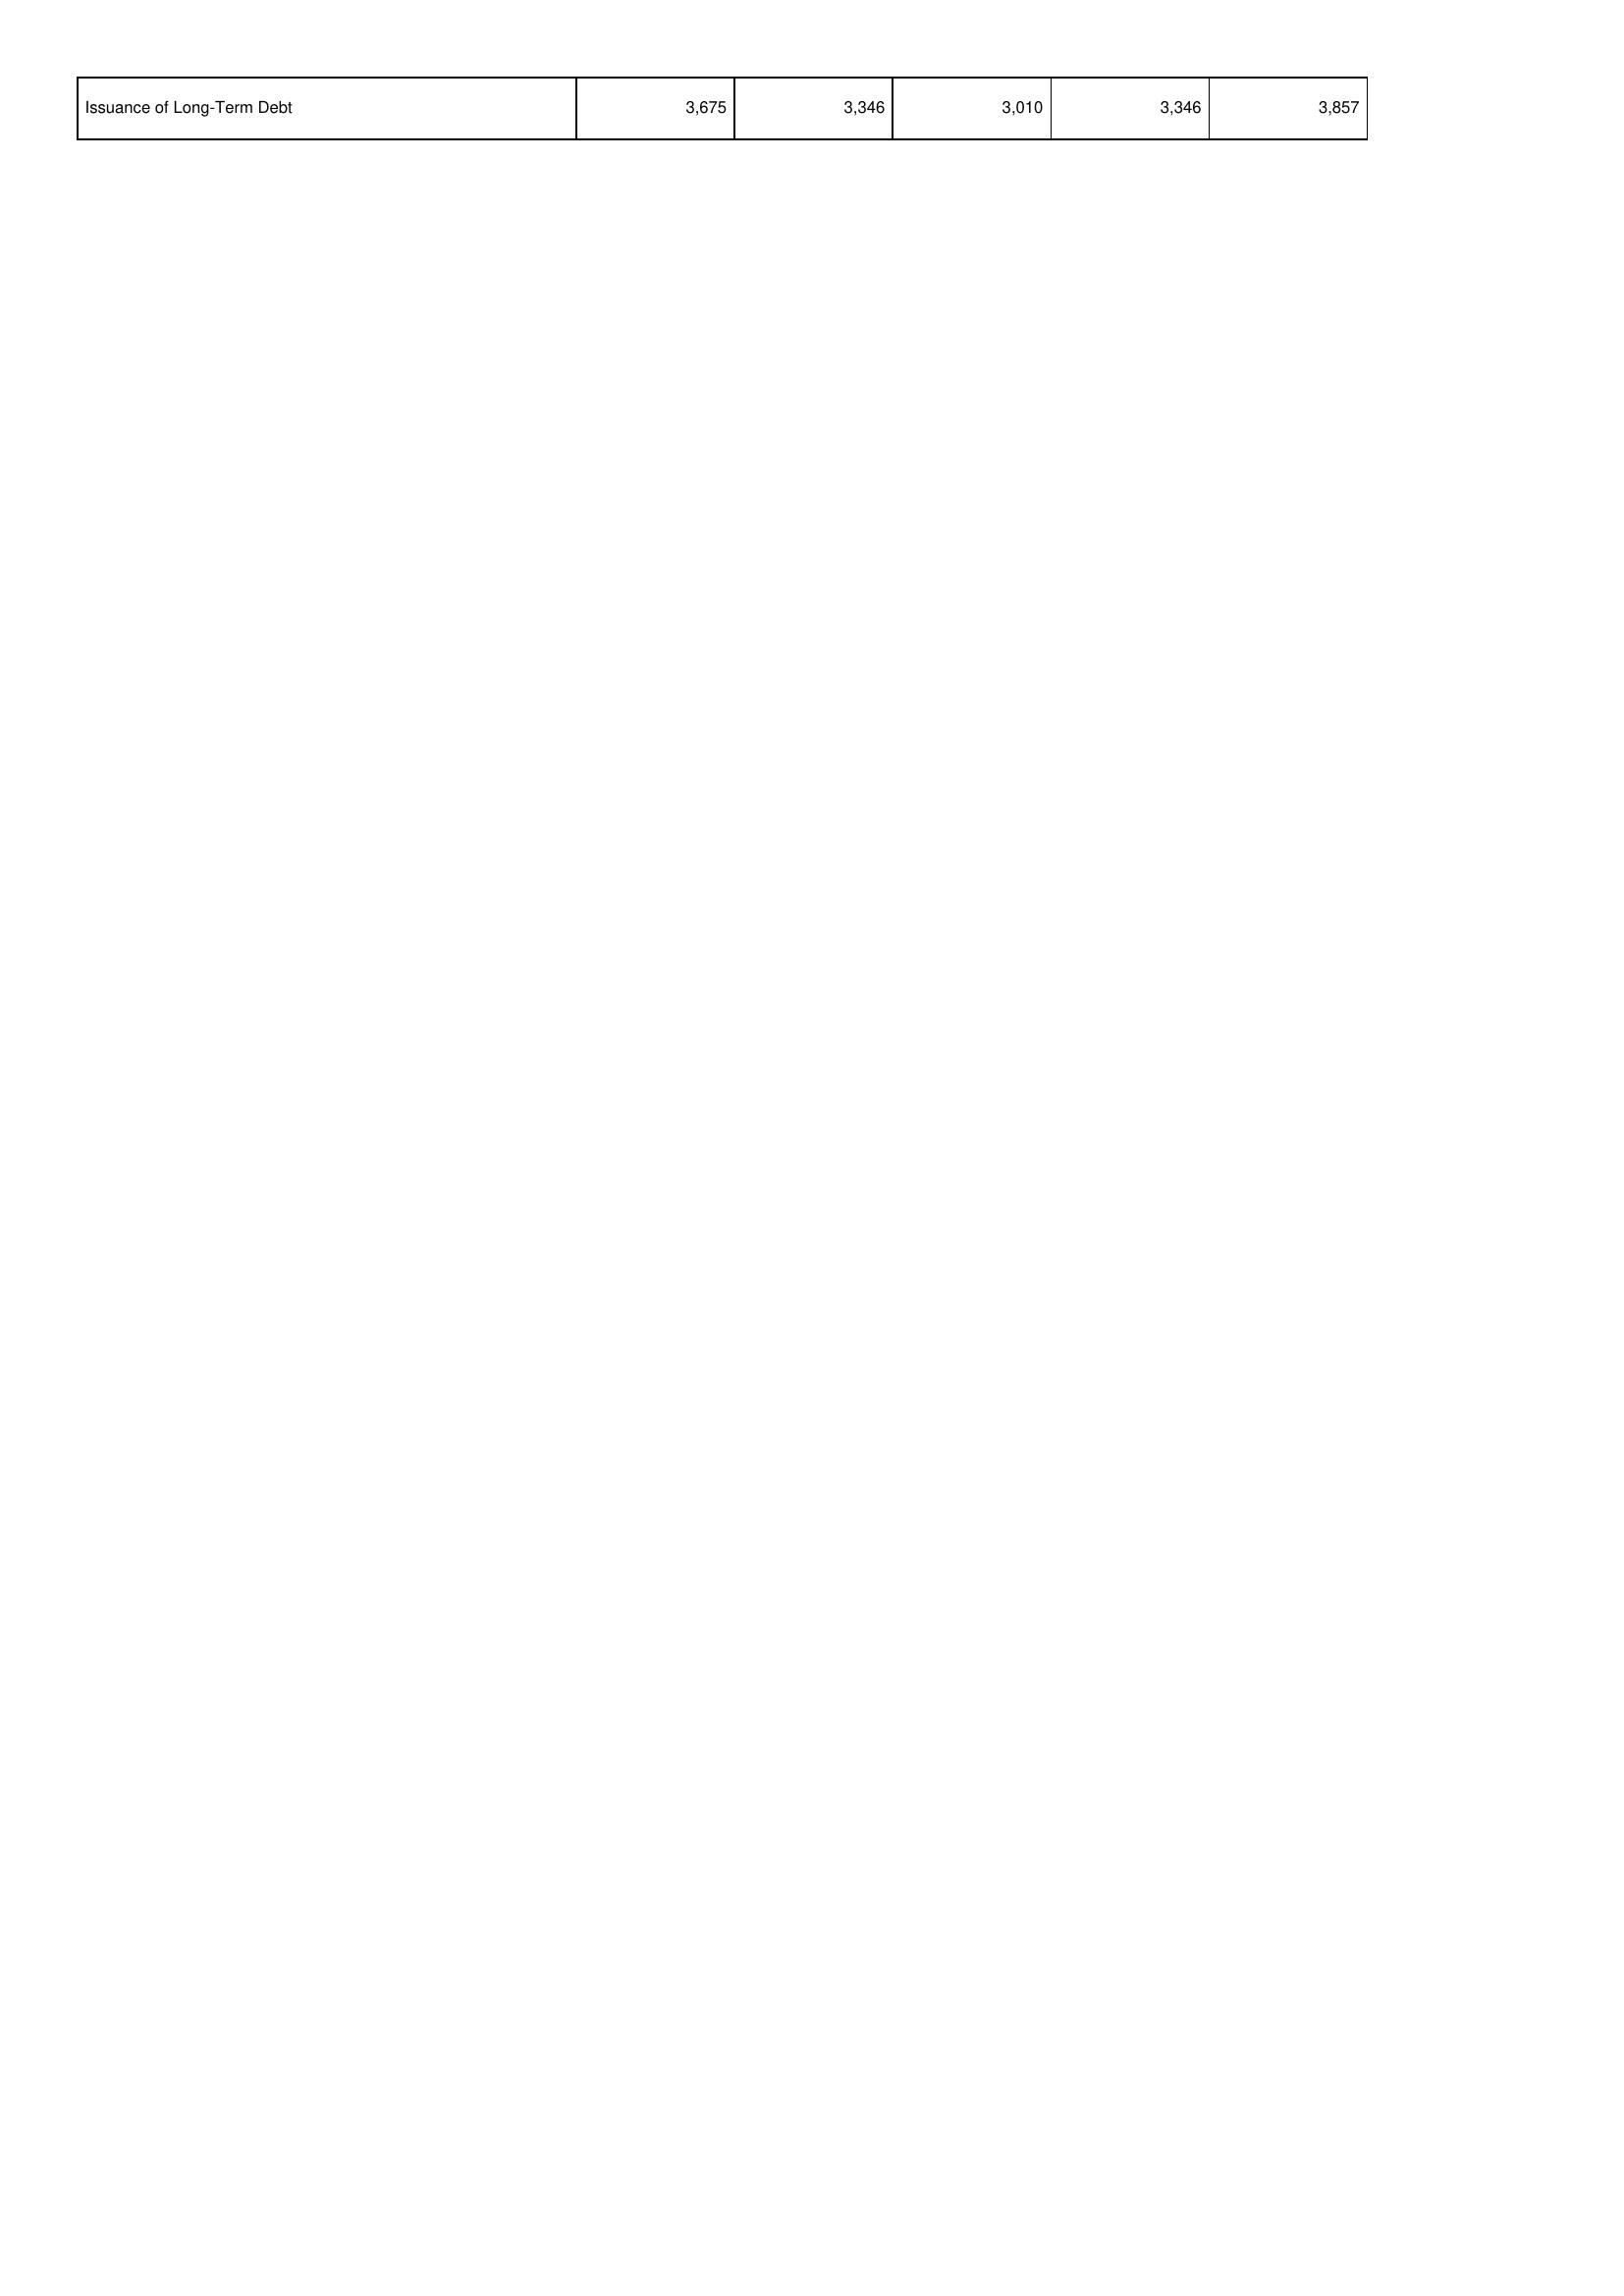
2018: Financing Activities: Issuance of Long-Term Debt: 3,675
2017: Financing Activities: Issuance of Long-Term Debt: 3,346
2016: Financing Activities: Issuance of Long-Term Debt: 3,010
2015: Financing Activities: Issuance of Long-Term Debt: 3,346
2014: Financing Activities: Issuance of Long-Term Debt: 3,857